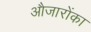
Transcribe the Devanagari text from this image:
औजारोंका